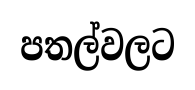
පතල්වලට